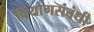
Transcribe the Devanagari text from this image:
वियोगसंबंधी